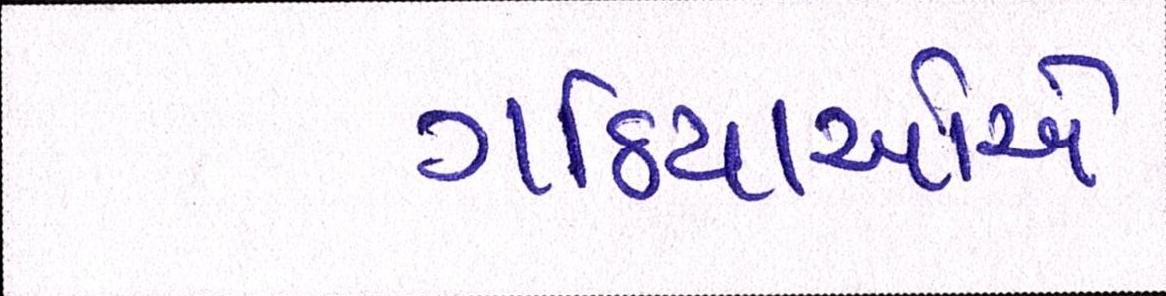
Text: ગઠિયાઓએ